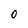
Character: 0